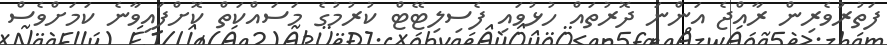
ފަތުރުވެރިން ރާއްޖެ އަންނަ ދޮރުތައް ހުޅުވައި ފެސިލިޓޭޓް ކުރުމުގެ މަސައްކަތް ކޮށްފައިވާނެ ކަމަށްވެސް